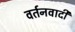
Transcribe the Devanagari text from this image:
वर्तनवादी